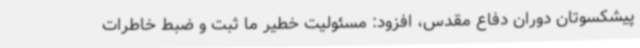
پیشکسوتان دوران دفاع مقدس، افزود: مسئولیت خطیر ما ثبت و ضبط خاطرات